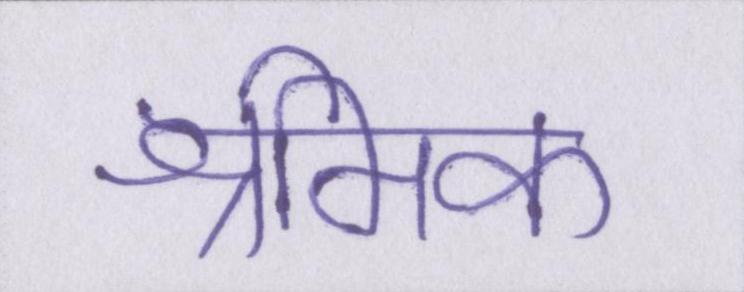
श्रमिक